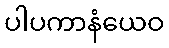
ပါပကာနံယေဝ